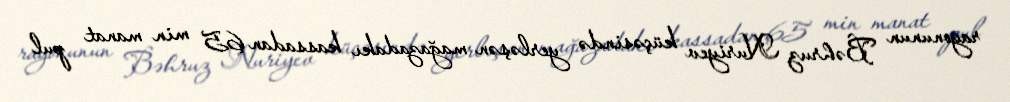
rayonunun Bəhruz Nuriyev küçəsində yerləşən mağazadakı kassadan 65 min manat pul